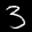
Label: 3